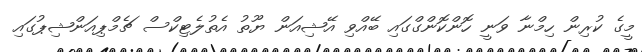
މީގެ ކުރިން ހިމްނާ ވަނީ ހޮންކޮންގްގައި ބޭއްވި އޭޝިއަން ޔޫތު އެތުލެޓިކްސް ޗެމްޕިއަންޝިޕުގައި